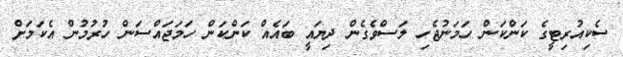
ސެކިއުރިޓީގެ ކަންކަން ހަމަނުޖެހި ލަސްވެގެން ދިޔައީ ބައެއް ކަންކަން ހަމަޖައްސަން ހުރުމުން އެކަމަށް